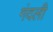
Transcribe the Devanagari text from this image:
गंदली